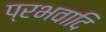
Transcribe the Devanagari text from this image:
प्रभवादि